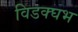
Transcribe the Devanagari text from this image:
विडक्घभ